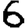
Digit: 6